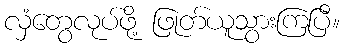
လှံတွေလုပ်ဖို့ ဖြုတ်ယူသွားကြပြီ။